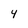
Character: 4